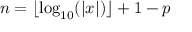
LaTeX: n = \lfloor \log _ { 1 0 } ( | x | ) \rfloor + 1 - p